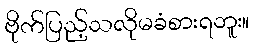
ဗိုက်ပြည့်သလိုမခံစားရဘူး။